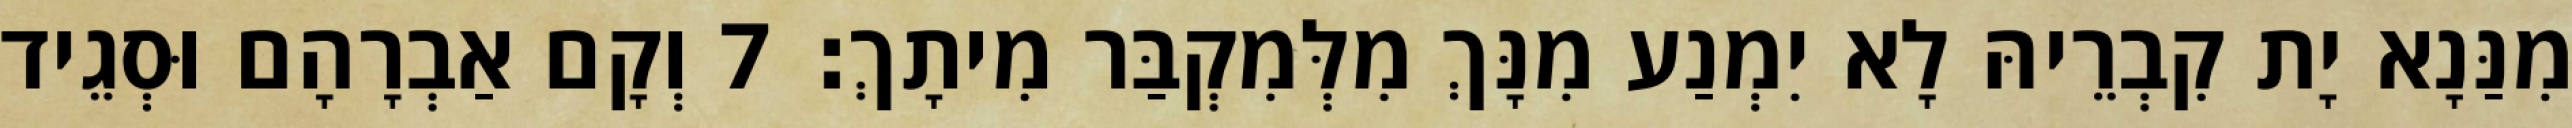
מִנַּנָא יָת קִבְרֵיהּ לָא יִמְנַע מִנָּךְ מִלְּמִקְבַּר מִיתָךְ׃ 7 וְקָם אַבְרָהָם וּסְגֵיד